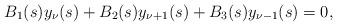
LaTeX: \begin{align*}B_1(s)y_{\nu}(s)+B_2(s)y_{\nu+1}(s)+B_3(s)y_{\nu-1}(s)=0,\end{align*}